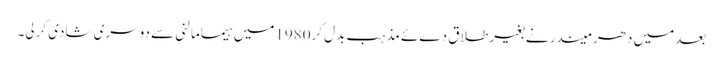
بعدمیں دھر میندر نے بغیرطلاق دےئے مذہب بدل کر1980میں ہیمامالنی سے دوسری شادی کرلی۔